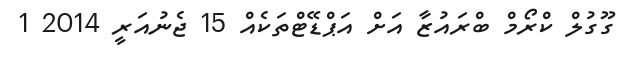
ގޫގުލް ކްރޯމް ބްރައުޒާ އަށް އަޕްޑޭޓްތަކެއް 15 ޖެނުއަރީ 2014 1